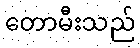
တောမီးသည်